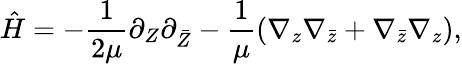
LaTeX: \hat{H}=-{\frac{1}{2\mu}}\partial_{Z}\partial_{\bar{Z}}-\frac{1}{\mu}(\nabla_{z}\nabla_{\bar{z}}+\nabla_{\bar{z}}\nabla_{z}),